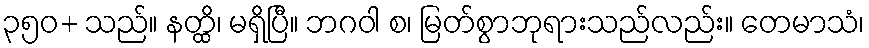
၃၅၀+ သည်။ နတ္ထိ၊ မရှိပြီ။ ဘဂဝါ စ၊ မြတ်စွာဘုရားသည်လည်း။ တေမာသံ၊